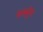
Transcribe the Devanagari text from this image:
वनमूँग